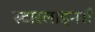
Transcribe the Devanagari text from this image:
स्टारलाइनर्स